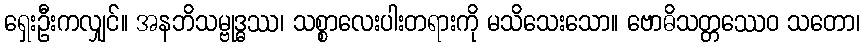
ရှေးဦးကလျှင်။ အနဘိသမ္ဗုဒ္ဓဿ၊ သစ္စာလေးပါးတရားကို မသိသေးသော။ ဗောဓိသတ္တဿေဝ သတော၊